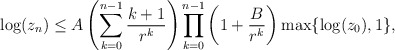
\begin{align*} \log(z_n) \leq A\left(\sum_{k=0}^{n-1} \frac{k+1}{r^k} \right) \prod_{k=0}^{n-1}\left(1+\frac{B}{r^k}\right)\max\{\log(z_0),1\},\end{align*}